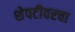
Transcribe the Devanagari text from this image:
शेपटीवरचा